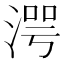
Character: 湂